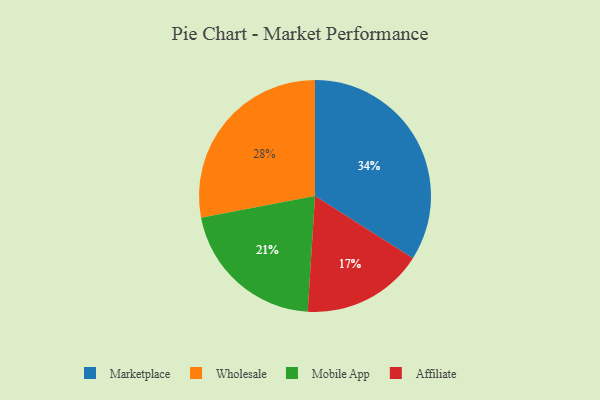
{"axis": {"x": "Category", "y": "Percentage"}, "legend": ["Affiliate", "Marketplace", "Mobile App", "Wholesale"], "data": [{"x": "Marketplace", "y": 34, "type": "Marketplace"}, {"x": "Wholesale", "y": 28, "type": "Wholesale"}, {"x": "Affiliate", "y": 17, "type": "Affiliate"}, {"x": "Mobile App", "y": 21, "type": "Mobile App"}]}